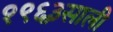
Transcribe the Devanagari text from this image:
१९६३साली